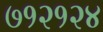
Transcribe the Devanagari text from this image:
७१२१२४